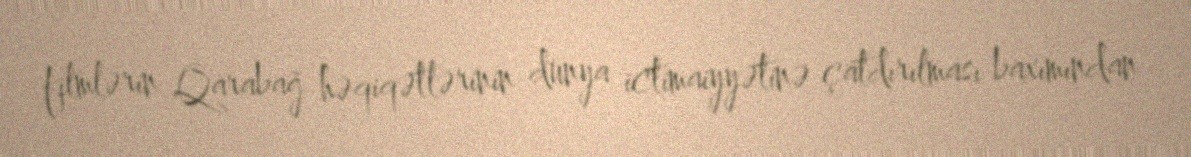
filmlərin Qarabağ həqiqətlərinin dünya ictimaiyyətinə çatdırılması baxımından